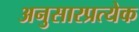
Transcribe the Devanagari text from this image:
अनुसारप्रत्येक